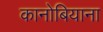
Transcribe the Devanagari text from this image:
कानोबियाना